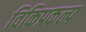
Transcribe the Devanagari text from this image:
विकिप्रकल्प